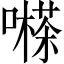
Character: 𡁽